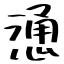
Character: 慂